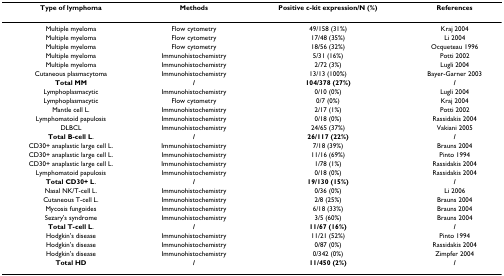
<table><thead><tr><td><b>Type of lymphoma</b></td><td><b>Methods</b></td><td><b>Positive c-kit expression/N (%)</b></td><td><b>References</b></td></tr></thead><tbody><tr><td>Multiple myeloma</td><td>Flow cytometry</td><td>49/158 (31%)</td><td>Kraj 2004</td></tr><tr><td>Multiple myeloma</td><td>Flow cytometry</td><td>17/48 (35%)</td><td>Li 2004</td></tr><tr><td>Multiple myeloma</td><td>Flow cytometry</td><td>18/56 (32%)</td><td>Ocqueteau 1996</td></tr><tr><td>Multiple myeloma</td><td>Immunohistochemistry</td><td>5/31 (16%)</td><td>Potti 2002</td></tr><tr><td>Multiple myeloma</td><td>Immunohistochemistry</td><td>2/72 (3%)</td><td>Lugli 2004</td></tr><tr><td>Cutaneous plasmacytoma</td><td>Immunohistochemistry</td><td>13/13 (100%)</td><td>Bayer-Garner 2003</td></tr><tr><td><b>Total MM</b></td><td><b>/</b></td><td><b>104/378 (27%)</b></td><td><b>/</b></td></tr><tr><td>Lymphoplasmacytic</td><td>Immunohistochemistry</td><td>0/10 (0%)</td><td>Lugli 2004</td></tr><tr><td>Lymphoplasmacytic</td><td>Flow cytometry</td><td>0/7 (0%)</td><td>Kraj 2004</td></tr><tr><td>Mantle cell L.</td><td>Immunohistochemistry</td><td>2/17 (1%)</td><td>Potti 2002</td></tr><tr><td>Lymphomatoid papulosis</td><td>Immunohistochemistry</td><td>0/18 (0%)</td><td>Rassidakis 2004</td></tr><tr><td>DLBCL</td><td>Immunohistochemistry</td><td>24/65 (37%)</td><td>Vakiani 2005</td></tr><tr><td><b>Total B-cell L</b>.</td><td><b>/</b></td><td><b>26/117 (22%)</b></td><td><b>/</b></td></tr><tr><td>CD30+ anaplastic large cell L.</td><td>Immunohistochemistry</td><td>7/18 (39%)</td><td>Brauns 2004</td></tr><tr><td>CD30+ anaplastic large cell L.</td><td>Immunohistochemistry</td><td>11/16 (69%)</td><td>Pinto 1994</td></tr><tr><td>CD30+ anaplastic large cell L.</td><td>Immunohistochemistry</td><td>1/78 (1%)</td><td>Rassidakis 2004</td></tr><tr><td>Lymphomatoid papulosis</td><td>Immunohistochemistry</td><td>0/18 (0%)</td><td>Rassidakis 2004</td></tr><tr><td><b>Total CD30+ L</b>.</td><td><b>/</b></td><td><b>19/130 (15%)</b></td><td><b>/</b></td></tr><tr><td>Nasal NK/T-cell L.</td><td>Immunohistochemistry</td><td>0/36 (0%)</td><td>Li 2006</td></tr><tr><td>Cutaneous T-cell L.</td><td>Immunohistochemistry</td><td>2/8 (25%)</td><td>Brauns 2004</td></tr><tr><td>Mycosis fungoides</td><td>Immunohistochemistry</td><td>6/18 (33%)</td><td>Brauns 2004</td></tr><tr><td>Sezary&#x27;s syndrome</td><td>Immunohistochemistry</td><td>3/5 (60%)</td><td>Brauns 2004</td></tr><tr><td><b>Total T-cell L</b>.</td><td><b>/</b></td><td><b>11/67 (16%)</b></td><td><b>/</b></td></tr><tr><td>Hodgkin&#x27;s disease</td><td>Immunohistochemistry</td><td>11/21 (52%)</td><td>Pinto 1994</td></tr><tr><td>Hodgkin&#x27;s disease</td><td>Immunohistochemistry</td><td>0/87 (0%)</td><td>Rassidakis 2004</td></tr><tr><td>Hodgkin&#x27;s disease</td><td>Immunohistochemistry</td><td>0/342 (0%)</td><td>Zimpfer 2004</td></tr><tr><td><b>Total HD</b></td><td><b>/</b></td><td><b>11/450 (2%)</b></td><td><b>/</b></td></tr></tbody></table>